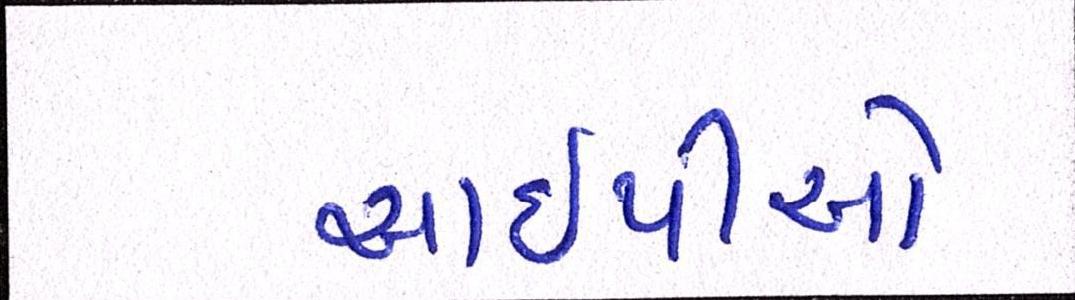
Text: આઈપીઓ